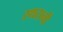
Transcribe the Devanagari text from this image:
स्थरानी